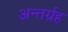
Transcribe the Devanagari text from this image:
अन्तर्ग्रह